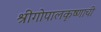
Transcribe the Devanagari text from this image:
श्रीगोपालकृष्णाची